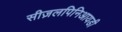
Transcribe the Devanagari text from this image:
सीज़लपिनिआयडी